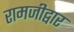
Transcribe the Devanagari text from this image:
रामजीद्वार